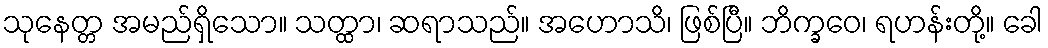
သုနေတ္တ အမည်ရှိသော။ သတ္ထာ၊ ဆရာသည်။ အဟောသိ၊ ဖြစ်ပြီ။ ဘိက္ခဝေ၊ ရဟန်းတို့။ ခေါ